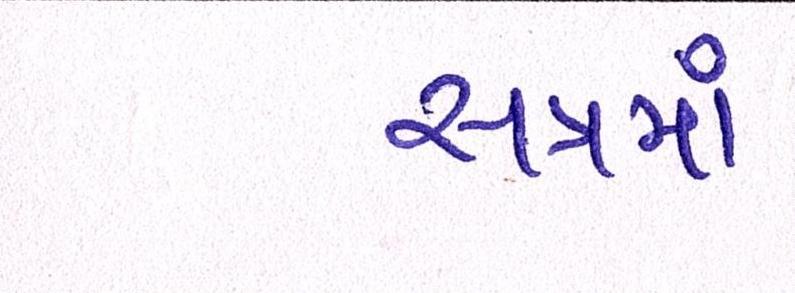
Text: સત્રમાં